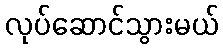
လုပ်ဆောင်သွားမယ်